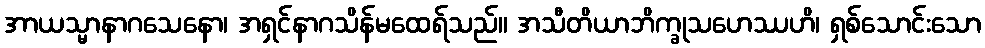
အာယသ္မာနာဂသေနော၊ အရှင်နာဂသိန်မထေရ်သည်။ အသီတိယာဘိက္ခုသဟေဿဟိ၊ ရှစ်သောင်းသော